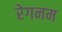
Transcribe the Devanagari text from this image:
रेगनम